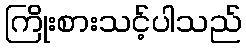
ကြိုးစားသင့်ပါသည်